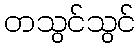
တသွင်သွင်